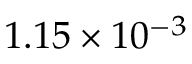
1 . 1 5 \times 1 0 ^ { - 3 }